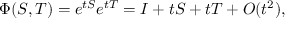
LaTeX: \Phi ( S , T ) = e ^ { t S } e ^ { t T } = I + t S + t T + O ( t ^ { 2 } ) ,